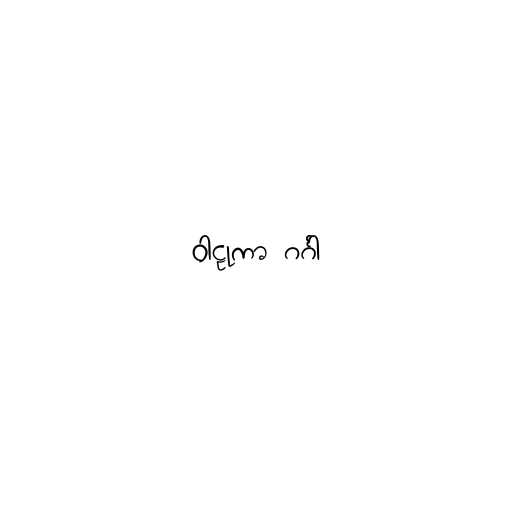
ဝါဠုကာ ဂင်္ဂါ